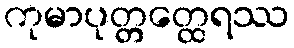
ကုမာပုတ္တတ္ထေရဿ